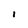
Character: 1